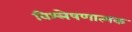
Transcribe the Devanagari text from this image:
विश्‍लेषणात्मक